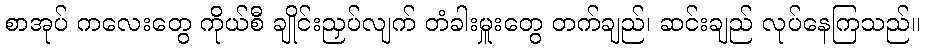
စာအုပ် ကလေးတွေ ကိုယ်စီ ချိုင်းညှပ်လျက် တံခါးမှူးတွေ တက်ချည်၊ ဆင်းချည် လုပ်နေကြသည်။